Report on horse surra - Volume II, Part I
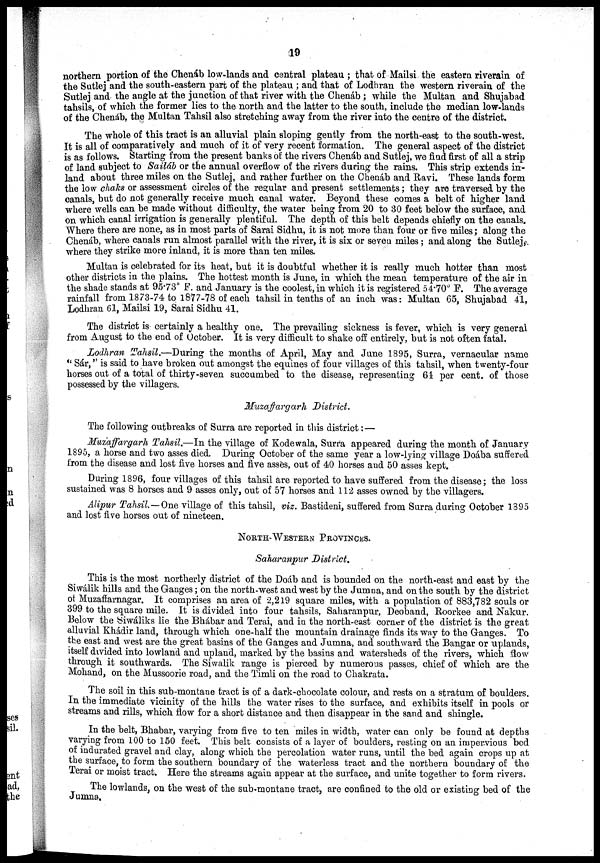
19
northern portion of the Chenáb low-lands and central plateau ; that of Mailsi the eastern riverain of
the Sutlej and the south-eastern part of the plateau ; and that of Lodhran the western riverain of the
Sutlej and the angle at the junction of that river with the Chenáb ; while the Multan and Shujabad
tahsils, of which the former lies to the north and the latter to the south, include the median low-lands
of the Chenáb, the Multan Tahsil also stretching away from the river into the centre of the district.
The whole of this tract is an alluvial plain sloping gently from the north-east to the south-west.
It is all of comparatively and much of it of very recent formation. The general aspect of the district
is as follows. Starting from the present banks of the rivers Chenáb and Sutlej, we find first of all a strip
of land subject to Sailáb or the annual overflow of the rivers during the rains. This strip extends in-
land about three miles on the Sutlej, and rather further on the Chenáb and Ravi. These lands form
the low chaks or assessment circles of the regular and present settlements; they are traversed by the
canals, but do not generally receive much canal water. Beyond these comes a belt of higher land
where wells can be made without difficulty, the water being from 20 to 30 feet below the surface, and
on which canal irrigation is generally plentiful. The depth of this belt depends chiefly on the canals.
Where there are none, as in most parts of Sarai Sidhu, it is not more than four or five miles; along the
Chenáb, where canals run almost parallel with the river, it is six or seven miles ; and along the Sutlej,
where they strike more inland, it is more than ten miles.
Multan is celebrated for its heat, but it is doubtful whether it is really much hotter than most
other districts in the plains. The hottest month is June, in which the mean temperature of the air in
the shade stands at 95.73° F. and January is the coolest, in which it is registered 54.70° F. The average
rainfall from 1873-74 to 1877-78 of each tahsil in tenths of an inch was: Multan 65, Shujabad 41,
Lodhran 61, Mailsi 19, Sarai Sidhu 41.
The district is certainly a healthy one. The prevailing sickness is fever, which is very general
from August to the end of October. It is very difficult to shake off entirely, but is not often fatal.
Lodhran Tahsil.—During the months of April, May and June 1895, Surra, vernacular name
" Sár," is said to have broken out amongst the equines of four villages of this tahsil, when twenty-four
horses out of a total of thirty-seven succumbed to the disease, representing 64 per cent. of those
possessed by the villagers.
Muzaffargarh District.
The following outbreaks of Surra are reported in this district: —
Muzaffargarh Tahsil.—In the village of Kodewala, Surra appeared during the month of January
1895, a horse and two asses died. During October of the same year a low-lying village Doába suffered
from the disease and lost five horses and five asses, out of 40 horses and 50 asses kept.
During 1896, four villages of this tahsil are reported to have suffered from the disease ; the loss
sustained was 8 horses and 9 asses only, out of 57 horses and 112 asses owned by the villagers.
Alipur Tahsil.— One village of this tahsil, viz. Bastideni, suffered from Surra during October 1895
and lost five horses out of nineteen.
NORTH-WESTERN PROVINCES.
Saharanpur District.
This is the most northerly district of the Doáb and is bounded on the north-east and east by the
Siwálik hills and the Ganges ; on the north-west and west by the Jumna, and on the south by the district
of Muzaffarnagar. It comprises an area of 2,219 square miles, with a population of 883,782 souls or
399 to the square mile. It is divided into four tahsils, Saharanpur, Deoband, Roorkee and Nakur.
Below the Siwáliks lie the Bhábar and Terai, and in the north-east corner of the district is the great
alluvial Khádir land, through which one-half the mountain drainage finds its way to the Ganges. To
the east and west are the great basins of the Ganges and Jumna, and southward the Bangar or uplands,
itself divided into lowland and upland, marked by the basins and watersheds of the rivers, which flow
through it southwards. The Siwalik range is pierced by numerous passes, chief of which are the
Mohand, on the Mussoorie road, and the Timli on the road to Chakrata.
The soil in this sub-montane tract is of a dark-chocolate colour, and rests on a stratum of boulders.
In the immediate vicinity of the hills the water rises to the surface, and exhibits itself in pools or
streams and rills, which flow for a short distance and then disappear in the sand and shingle.
In the belt, Bhabar, varying from five to ten miles in width, water can only be found at depths
varying from 100 to 150 feet. This belt consists of a layer of boulders, resting on an impervious bed
of indurated gravel and clay, along which the percolation water runs, until the bed again crops up at
the surface, to form the southern boundary of the waterless tract and the northern boundary of the
Terai or moist tract. Here the streams again appear at the surface, and unite together to form rivers.
The lowlands, on the west of the sub-montane tract, are confined to the old or existing bed of the
Jumna.